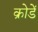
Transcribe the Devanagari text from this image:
क्रोडें